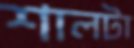
শালটা